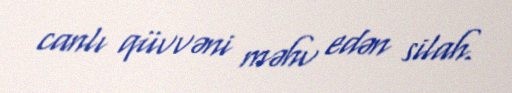
canlı qüvvəni məhv edən silah.